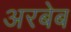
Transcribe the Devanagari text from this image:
अरबेब